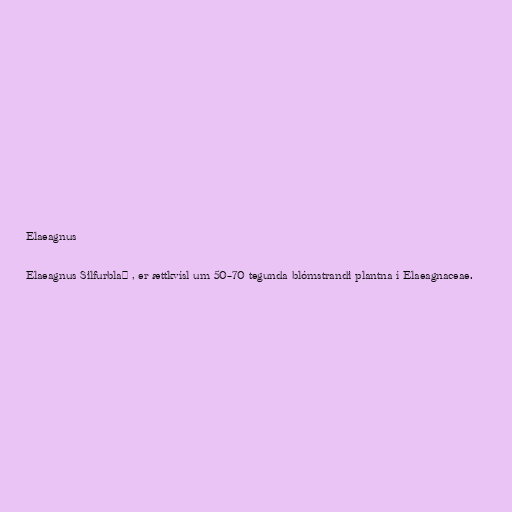
Elaeagnus

Elaeagnus Silfurblað , er ættkvísl um 50–70 tegunda blómstrandi plantna í Elaeagnaceae.